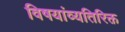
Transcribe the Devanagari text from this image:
विषयांव्यतिरिक्त